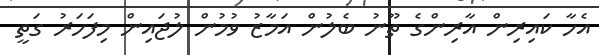
އެހާ ކައިރިން އާރިންގެ ތޫނު ބެލުން އަމާޒު ވުމުން ލުޖައިން މިފަހަރު ގަތީ